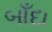
બાઁદા